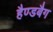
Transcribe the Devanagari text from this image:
हैण्डबैग